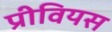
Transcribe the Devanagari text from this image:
प्रीवियस